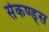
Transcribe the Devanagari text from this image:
सेकण्ड्स